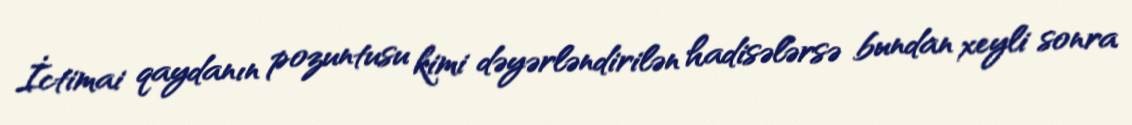
İctimai qaydanın pozuntusu kimi dəyərləndirilən hadisələrsə bundan xeyli sonra